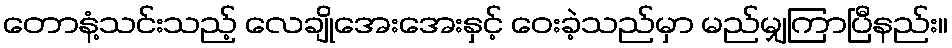
တောနံ့သင်းသည့် လေချိုအေးအေးနှင့် ဝေးခဲ့သည်မှာ မည်မျှကြာပြီနည်း။